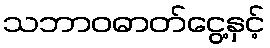
သဘာဝဓာတ်ငွေ့နှင့်